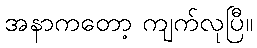
အနာကတော့ ကျက်လုပြီ။